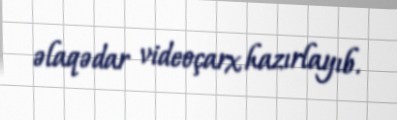
əlaqədar videoçarx hazırlayıb.